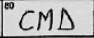
Transcription: CMD